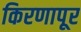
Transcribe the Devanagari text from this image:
किरणापूर